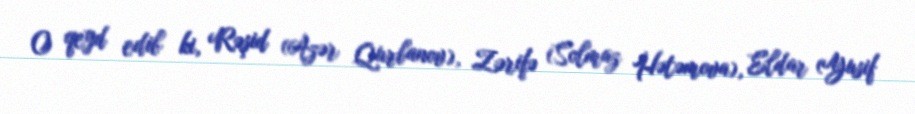
O qeyd edib ki, Rəşid (Azər Qurbanov), Zərifə (Solmaz Hətəmova), Eldar (Yusif